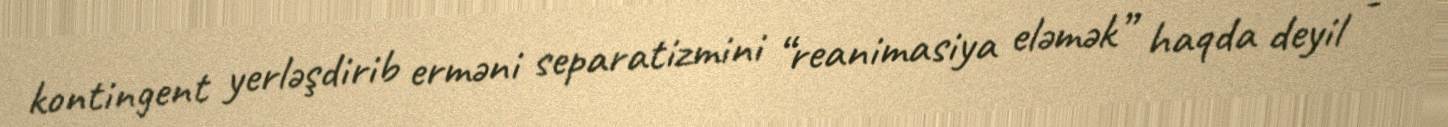
kontingent yerləşdirib erməni separatizmini “reanimasiya eləmək” haqda deyil -